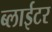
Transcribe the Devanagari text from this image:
ब्लाईटर